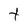
Character: t